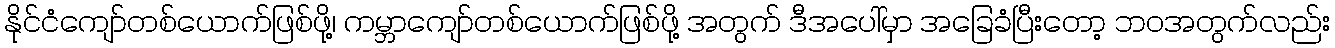
နိုင်ငံကျော်တစ်ယောက်ဖြစ်ဖို့၊ ကမ္ဘာကျော်တစ်ယောက်ဖြစ်ဖို့ အတွက် ဒီအပေါ်မှာ အခြေခံပြီးတော့ ဘဝအတွက်လည်း